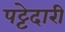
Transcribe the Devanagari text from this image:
पट्टेदारी